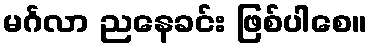
မင်္ဂလာ ညနေခင်း ဖြစ်ပါစေ။